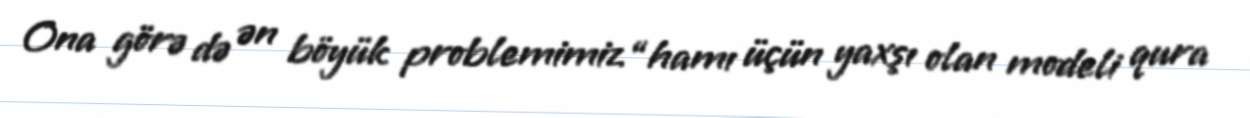
Ona görə də ən böyük problemimiz “hamı üçün yaxşı olan modeli qura